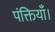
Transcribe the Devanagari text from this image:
पंक्तियाँ।